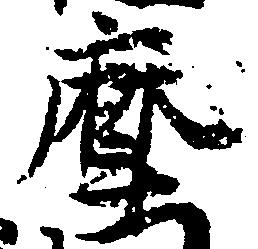
摩